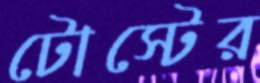
টোস্টের